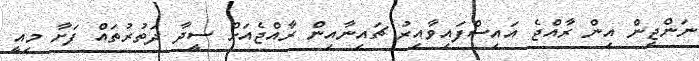
ނަންޖިން އިން ރާއްޖެ އައިސްފައިވާއިރު ޗައިނާއިން ރާއްޖެއަށް ސީދާ ދަތުރުތައް ފަށާ މިއީ